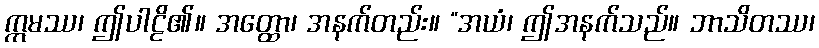
ဣမဿ၊ ဤပါဠိ၏။ အတ္ထော၊ အနက်တည်း။ “အယံ၊ ဤအနက်သည်။ ဘာသိတဿ၊